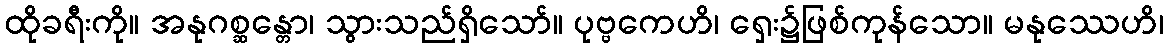
ထိုခရီးကို။ အနုဂစ္ဆန္တော၊ သွားသည်ရှိသော်။ ပုဗ္ဗကေဟိ၊ ရှေး၌ဖြစ်ကုန်သော။ မနုဿေဟိ၊